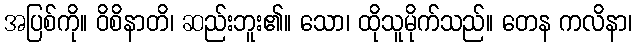
အပြစ်ကို။ ဝိစိနာတိ၊ ဆည်းဘူး၏။ သော၊ ထိုသူမိုက်သည်။ တေန ကလိနာ၊